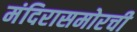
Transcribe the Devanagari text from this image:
मंदिरासमोरची